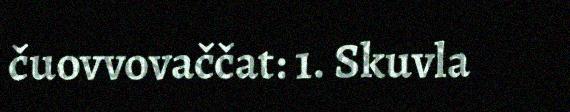
čuovvovaččat: 1. Skuvla